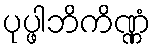
ပုပ္ဖါဘိကိဏ္ဏံ